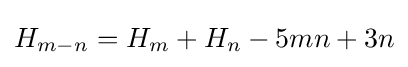
H_{m-n}=H_{m}+H_{n}-5mn+3n